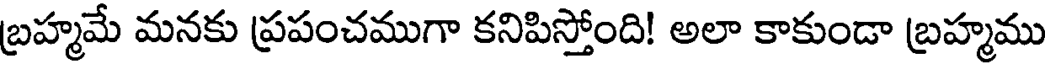
బ్రహ్మమే మనకు ప్రపంచముగా కనిపిస్తోంది! అలా కాకుండా బ్రహ్మము